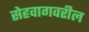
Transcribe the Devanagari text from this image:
सेहवागवरील